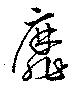
靡